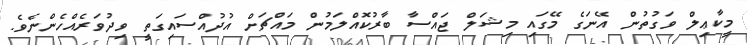
މީކާޢިލް ވަގުތުން އޭނަގެ މޭގައި މިޝަލް ޖައްސާ ބާރުކޮއްލަމުން މައްޗަށް އުދުއްސައިގަތީ ވިދުވަރެއްހެންނެވެ.